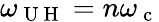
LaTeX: \omega_{\mathrm{~U~H~}}=n\omega_{\mathrm{~c~}}